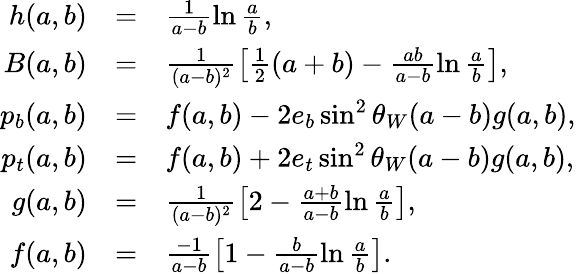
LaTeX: \begin{array}{rcl}{{h(a,b)}}&{{=}}&{{\frac{1}{a-b}\ln\frac{a}{b},}}\\ {{B(a,b)}}&{{=}}&{{\frac{1}{(a-b)^{2}}\left[\frac{1}{2}(a+b)-\frac{ab}{a-b}\ln\frac{a}{b}\right],}}\\ {{p_{b}(a,b)}}&{{=}}&{{f(a,b)-2e_{b}\sin^{2}\theta_{W}(a-b)g(a,b),}}\\ {{p_{t}(a,b)}}&{{=}}&{{f(a,b)+2e_{t}\sin^{2}\theta_{W}(a-b)g(a,b),}}\\ {{g(a,b)}}&{{=}}&{{\frac{1}{(a-b)^{2}}\left[2-\frac{a+b}{a-b}\ln\frac{a}{b}\right],}}\\ {{f(a,b)}}&{{=}}&{{\frac{-1}{a-b}\left[1-\frac{b}{a-b}\ln\frac{a}{b}\right].}}\end{array}